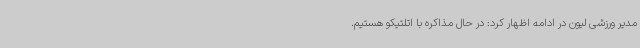
مدیر ورزشی لیون در ادامه اظهار کرد: در حال مذاکره با اتلتیکو هستیم.